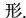
形。